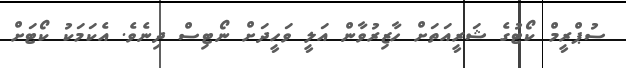
ސުޕްރީމް ކޯޓުގެ ޝަރީއަތަށް ހާޒިރުވާން އަލީ ވަހީދަށް ނޯޓިސް ދިނެވެ. އެކަމަކު ކޯޓަށް